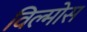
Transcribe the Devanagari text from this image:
विल्मोस